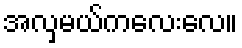
အလှမယ်ကလေးလေ။